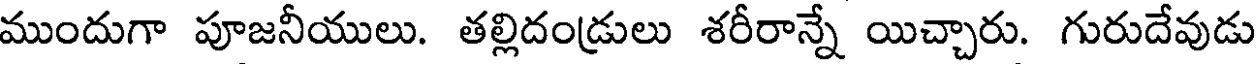
ముందుగా పూజనీయులు. తల్లిదండ్రులు శరీరాన్నే యిచ్చారు. గురుదేవుడు